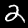
Digit: 2